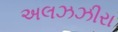
અલઝઝીરા